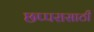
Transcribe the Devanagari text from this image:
छप्परासाठी